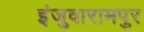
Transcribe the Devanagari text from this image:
इंजुवारामपुर